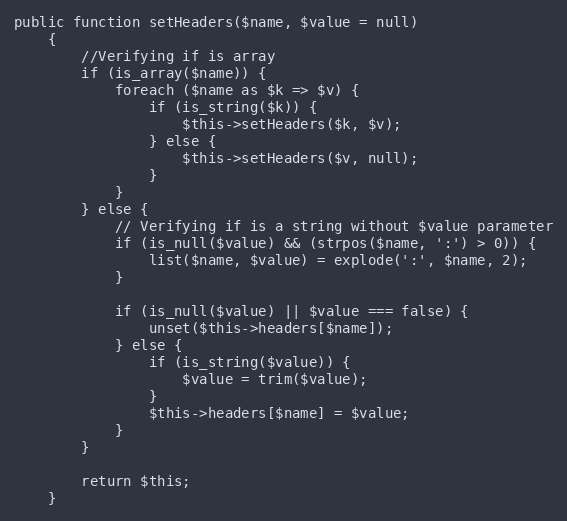
Language: PHP
public function setHeaders($name, $value = null)
	{
		//Verifying if is array
		if (is_array($name)) {
			foreach ($name as $k => $v) {
				if (is_string($k)) {
					$this->setHeaders($k, $v);
				} else {
					$this->setHeaders($v, null);
				}
			}
		} else {
			// Verifying if is a string without $value parameter
			if (is_null($value) && (strpos($name, ':') > 0)) {
				list($name, $value) = explode(':', $name, 2);
			}

			if (is_null($value) || $value === false) {
				unset($this->headers[$name]);
			} else {
				if (is_string($value)) {
					$value = trim($value);
				}
				$this->headers[$name] = $value;
			}
		}

		return $this;
	}